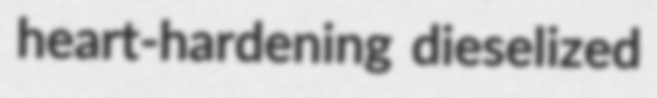
heart-hardening dieselized